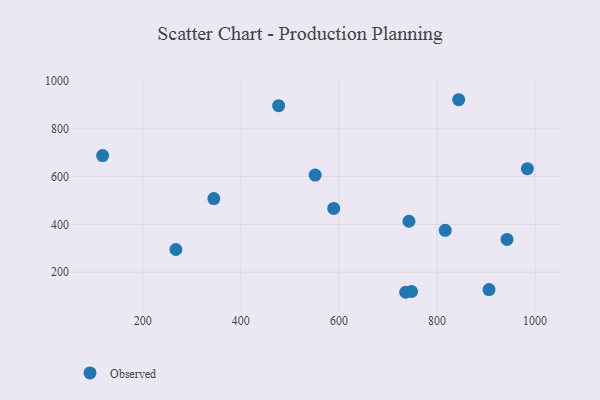
{"axis": {"x": "Experience", "y": "Exam Score"}, "legend": ["Observed"], "data": [{"x": "551.5", "y": 606.3, "type": "Observed"}, {"x": "344.9", "y": 508.2, "type": "Observed"}, {"x": "589.3", "y": 467.0, "type": "Observed"}, {"x": "267.6", "y": 295.0, "type": "Observed"}, {"x": "844.2", "y": 921.6, "type": "Observed"}, {"x": "816.7", "y": 375.3, "type": "Observed"}, {"x": "984.2", "y": 633.2, "type": "Observed"}, {"x": "748.1", "y": 119.3, "type": "Observed"}, {"x": "742.8", "y": 413.2, "type": "Observed"}, {"x": "942.7", "y": 337.3, "type": "Observed"}, {"x": "118.2", "y": 687.8, "type": "Observed"}, {"x": "906.0", "y": 127.2, "type": "Observed"}, {"x": "736.0", "y": 116.0, "type": "Observed"}, {"x": "477.0", "y": 896.9, "type": "Observed"}]}